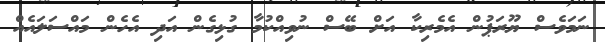
ނަމަވެސް ޔޫރަޕުން އެމެރިކާ އަށް ބޭސް ނުވިއްކުމާ ގުޅިގެން އަދި އެހެން މައްސަލައެއް